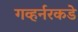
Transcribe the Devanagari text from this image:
गव्हर्नरकडे